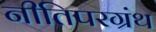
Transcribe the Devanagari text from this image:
नीतिपरग्रंथ